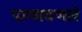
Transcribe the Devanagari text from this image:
पाणावणारे